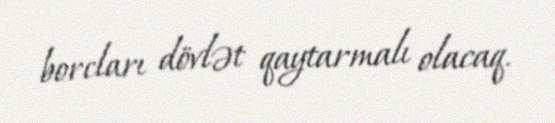
borcları dövlət qaytarmalı olacaq.